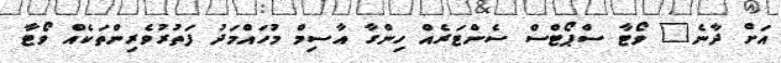
އަށް ދާނެ" ވޯޓާ ސްޕޯޓްސް ސެންޓަރެއް ހިންގާ އާސިމް މުހައްމަދު ފަތުރުވެރިންތަކެއް ވޯޓާ